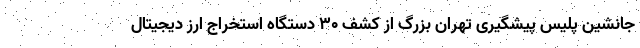
جانشین پلیس پیشگیری تهران بزرگ از کشف ۳۰ دستگاه استخراج ارز دیجیتال